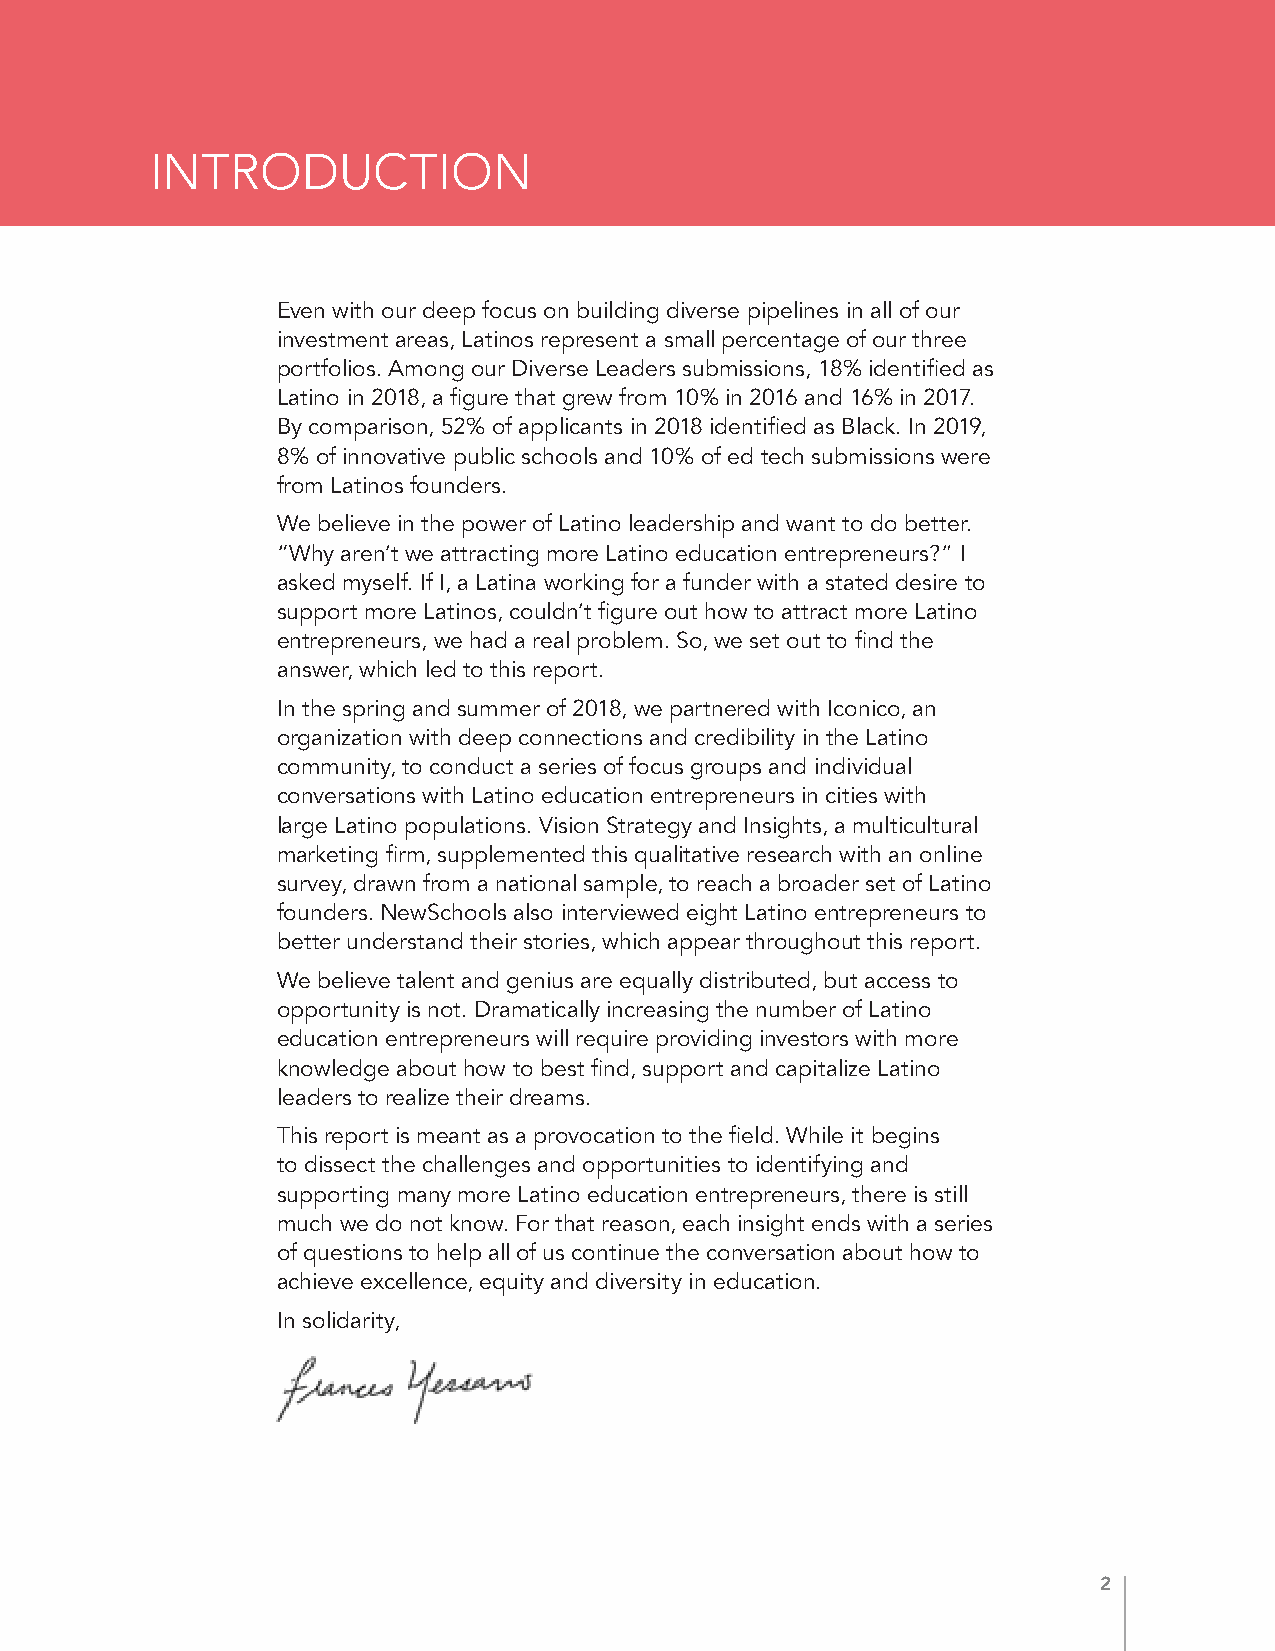
INTRODUCTION
 Even with our deep focus on building diverse pipelines in all of our
 investment areas, Latinos represent a small percentage of our three
 portfolios. Among our Diverse Leaders submissions, 18% identified as
 Latino in 2018, a figure that grew from 10% in 2016 and 16% in 2017.
 By comparison, 52% of applicants in 2018 identified as Black. In 2019,
 8% of innovative public schools and 10% of ed tech submissions were
 from Latinos founders.
 We believe in the power of Latino leadership and want to do better.
 “Why aren’t we attracting more Latino education entrepreneurs?” I
 asked myself. If I, a Latina working for a funder with a stated desire to
 support more Latinos, couldn’t figure out how to attract more Latino
 entrepreneurs, we had a real problem. So, we set out to find the
 answer, which led to this report.
 In the spring and summer of 2018, we partnered with Iconico, an
 organization with deep connections and credibility in the Latino
 community, to conduct a series of focus groups and individual
 conversations with Latino education entrepreneurs in cities with
 large Latino populations. Vision Strategy and Insights, a multicultural
 marketing firm, supplemented this qualitative research with an online
 survey, drawn from a national sample, to reach a broader set of Latino
 founders. NewSchools also interviewed eight Latino entrepreneurs to
 better understand their stories, which appear throughout this report.
 We believe talent and genius are equally distributed, but access to
 opportunity is not. Dramatically increasing the number of Latino
 education entrepreneurs will require providing investors with more
 knowledge about how to best find, support and capitalize Latino
 leaders to realize their dreams.
 This report is meant as a provocation to the field. While it begins
 to dissect the challenges and opportunities to identifying and
 supporting many more Latino education entrepreneurs, there is still
 much we do not know. For that reason, each insight ends with a series
 of questions to help all of us continue the conversation about how to
 achieve excellence, equity and diversity in education.
 In solidarity,
 2